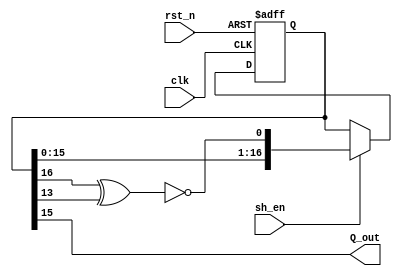
module lfsr_17bit
    #(parameter seed = 17'b01000001011110001) // Seed parameter for LFSR initialization
    (input clk,          // Clock input signal
     input rst_n,        // Active low asynchronous reset signal
     input sh_en,        // Shift enable signal to control LFSR operation
     output wire Q_out  // MSB of LFSR
//     output wire [16:0] Q_d // Current State of LFSR bit by bit
    );
    reg [16:0] Q_state; // Register holding current state of the LFSR
    wire Q_fb;          // Wire holding feedback bit calculated
    wire [16:0] Q_ns;   // Wire holding next state of the LFSR
    // Sequential logic block to update the state of the LFSR on the rising edge of the clock
    always @(posedge clk or posedge rst_n) begin
        if(rst_n) // If reset is active (low), reset the LFSR state to the seed value
            Q_state <= seed;
        else if (sh_en) // If shift enable is active (high), update the LFSR state to the next state
            Q_state <= Q_ns;
    end
    assign Q_fb = ~(Q_state[16] ^ Q_state[13]); // Calculate feedback using XNOR where taps are at 17 and 14
    assign Q_ns = {Q_state[15:0], Q_fb}; // Form the next state by shifting left and inserting feedback bit
//    assign Q_d = Q_ns; // Output the next state of the LFSR
    assign Q_out = Q_ns[16]; // Output the most significant bit of the LFSR
endmodule